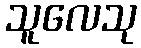
သူလေသု